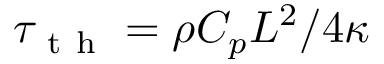
\tau _ { \mathrm { ~ t ~ h ~ } } = \rho C _ { p } L ^ { 2 } / 4 \kappa